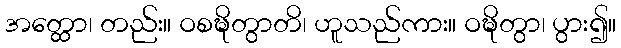
အတ္ထော၊ တည်း။ ဝစဍ္ဎိတွာတိ၊ ဟူသည်ကား။ ဝဍ္ဎိတွာ၊ ပွား၍။